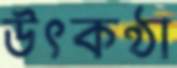
উৎকণ্ঠা